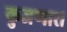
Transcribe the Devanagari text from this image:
कुजणारा